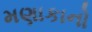
મણાકાનો